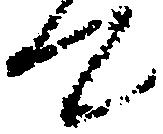
て